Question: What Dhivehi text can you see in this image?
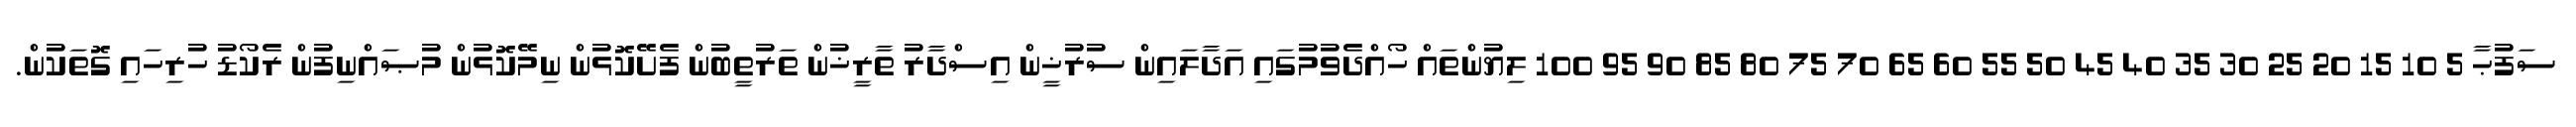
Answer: ސަފުޙާ 5 10 15 20 25 30 35 40 45 50 55 60 65 70 75 80 85 90 95 100 ލިޔުންތައް ހޯއްދެވުމުގައި އަދާލައިން ސުރުޚީން އިސްދާރު ތާރީޚުން ތަރުތީބުން ފެށޭކޮޅުން ނިމޭކޮޅުން މުޞައްނިފުން ރެކޯޑު ހުރިހައި ގޮތަކުން.